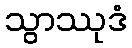
သွာဿုဒံ